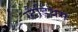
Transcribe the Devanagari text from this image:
स्टैडियम